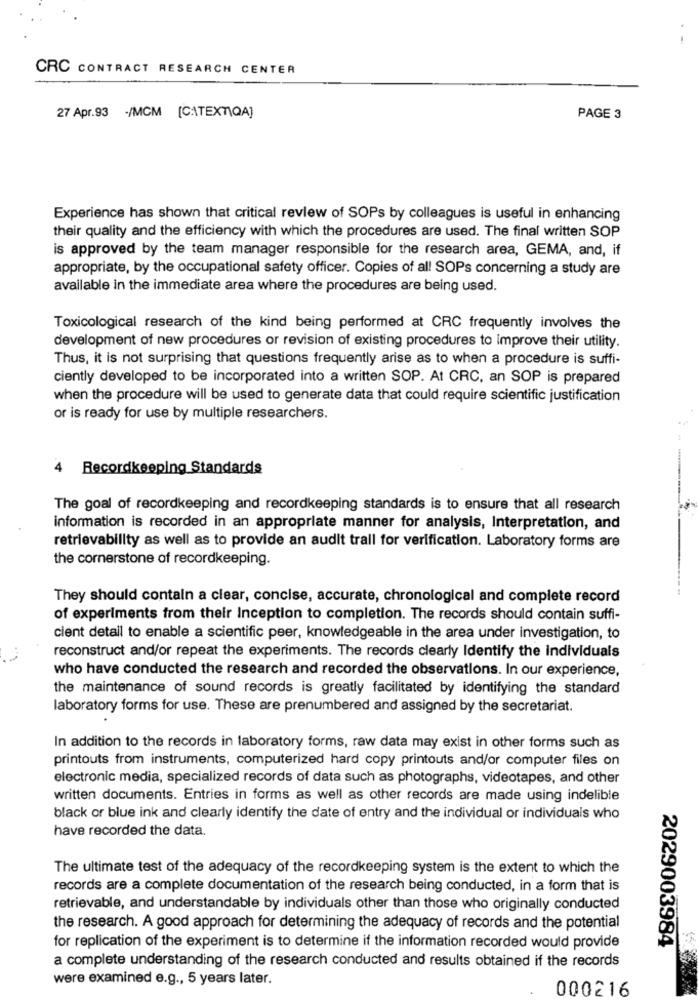
CRC CONTRACT RESEARCH CENTER
27 Apr.93 -/MCM [C:\TEXT\QA]
PAGE 3
Experience has shown that critical review of SOPs by colleagues is useful in enhancing
their quality and the efficiency with which the procedures are used. The final written SOP
is approved by the team manager responsible for the research area, GEMA, and, if
appropriate, by the occupational safety officer. Copies of all SOPs concerning a study are
available in the immediate area where the procedures are being used.
Toxicological research of the kind being performed at CRC frequently involves the
development of new procedures or revision of existing procedures to improve their utility.
Thus, it is not surprising that questions frequently arise as to when a procedure is suffi-
ciently developed to be incorporated into a written SOP. At CRC, an SOP is prepared
when the procedure will be used to generate data that could require scientific justification
or is ready for use by multiple researchers.
4
Recordkeeping Standards
The goal of recordkeeping and recordkeeping standards is to ensure that all research
information is recorded in an appropriate manner for analysis, Interpretation, and
retrievability as well as to provide an audit trail for verification. Laboratory forms are
the cornerstone of recordkeeping.
They should contain a clear, concise, accurate, chronological and complete record
of experiments from their Inception to completion. The records should contain suffi-
cient detail to enable a scientific peer, knowledgeable in the area under investigation, to
reconstruct and/or repeat the experiments. The records clearly Identify the individuals
who have conducted the research and recorded the observations. In our experience,
the maintenance of sound records is greatly facilitated by identifying the standard
laboratory forms for use. These are prenumbered and assigned by the secretariat.
In addition to the records in laboratory forms, raw data may exist in other forms such as
printouts from instruments, computerized hard copy printouts and/or computer files on
electronic media, specialized records of data such as photographs, videotapes, and other
written documents. Entries in forms as well as other records are made using indelible
black or blue ink and clearly identify the date of entry and the individual or individuals who
have recorded the data.
The ultimate test of the adequacy of the recordkeeping system is the extent to which the
records are a complete documentation of the research being conducted, in a form that is
retrievable, and understandable by individuals other than those who originally conducted
the research. A good approach for determining the adequacy of records and the potential
2029003984
for replication of the experiment is to determine if the information recorded would provide
a complete understanding of the research conducted and results obtained if the records
were examined e.g ., 5 years later.
000216